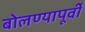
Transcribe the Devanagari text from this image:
बोलण्यापूर्वी